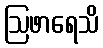
ဩဖာရေသိ